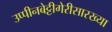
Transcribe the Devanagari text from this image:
उप्पीनबेट्टीगेरीसारख्या